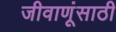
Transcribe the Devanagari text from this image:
जीवाणूंसाठी